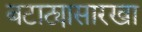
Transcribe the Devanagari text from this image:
बटाट्यासारखा